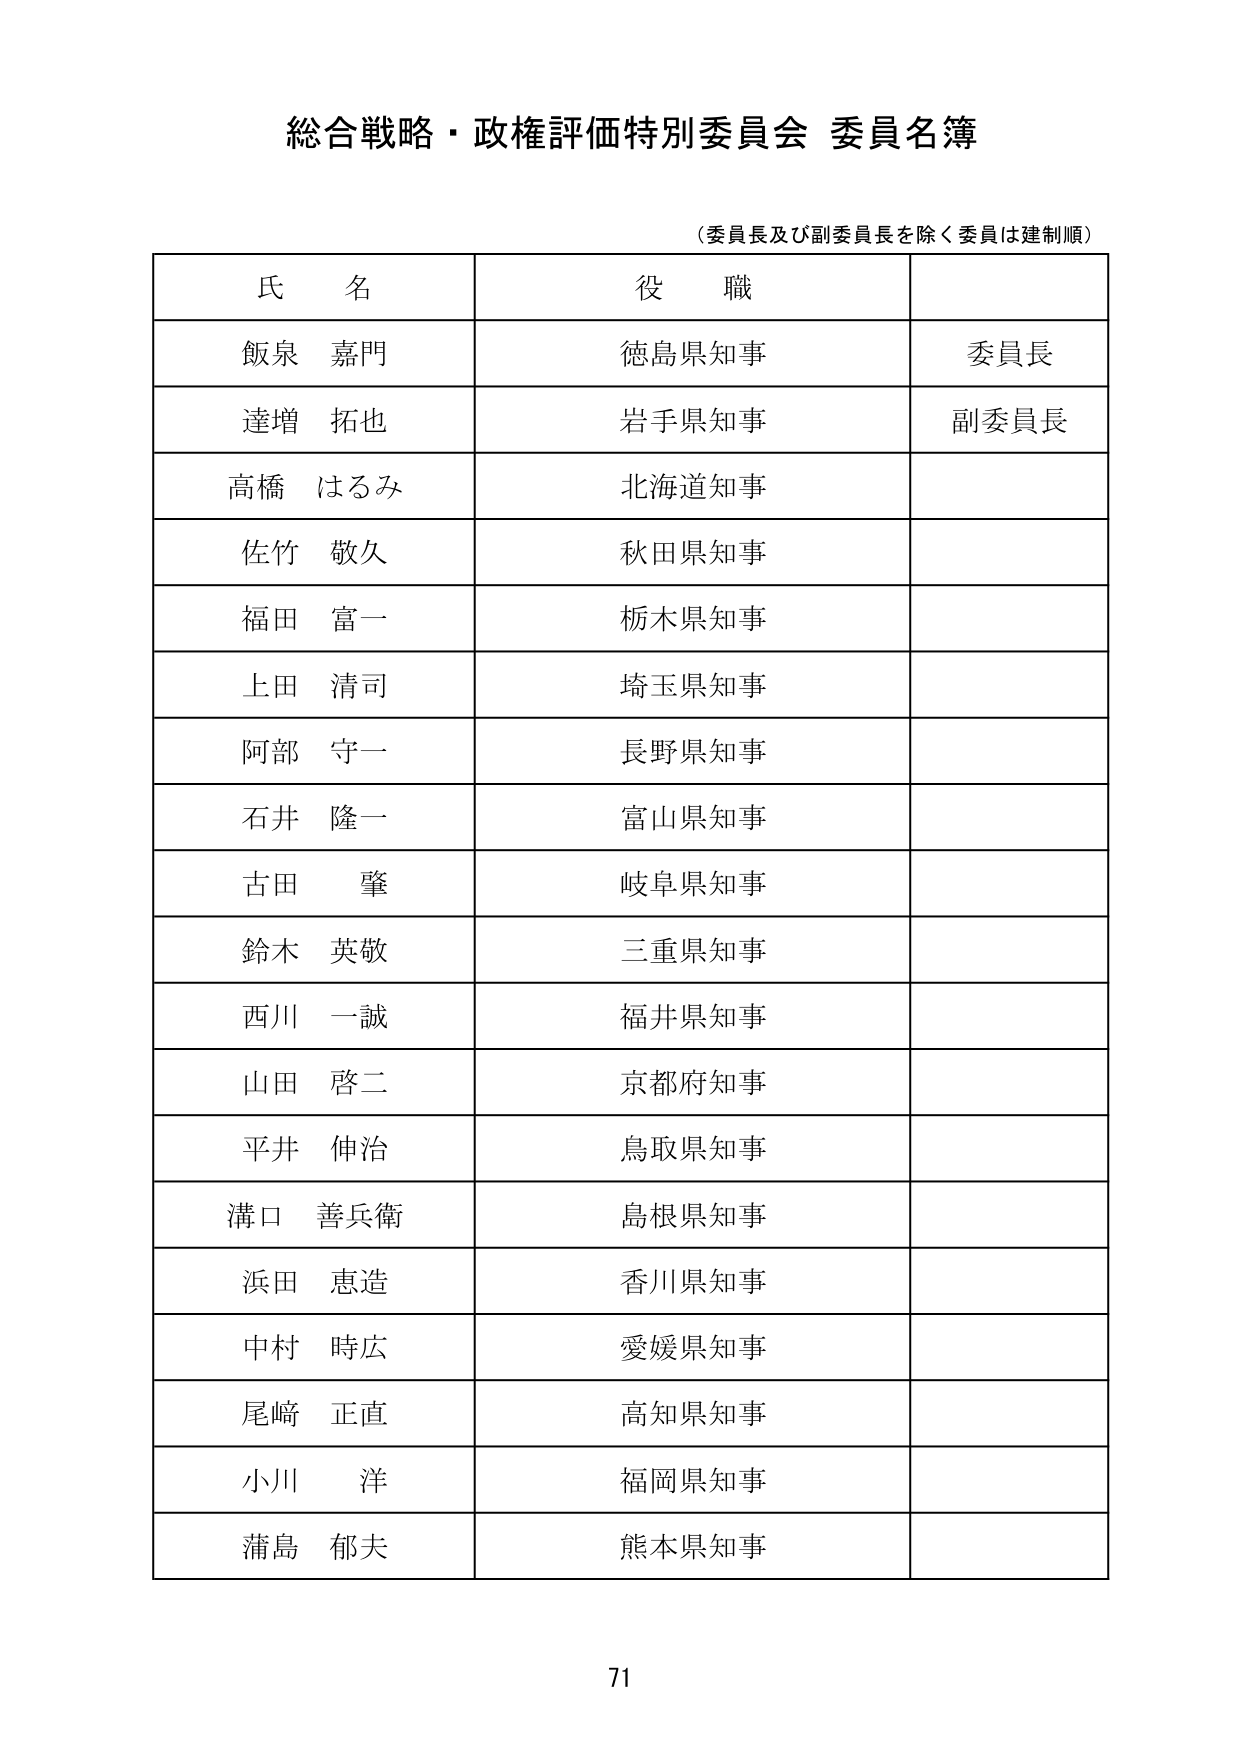
総合戦略・政権評価特別委員会 委員名簿

（委員長及び副委員長を除く委員は建制順）

氏名 役職

飯泉 嘉門 徳島県知事 委員長

達増 拓也 岩手県知事 副委員長

高橋 はるみ 北海道知事

佐竹 敬久 秋田県知事

福田 富一 栃木県知事

上田 清司 埼玉県知事

阿部 守一 長野県知事

石井 隆一 富山県知事

古田 肇 岐阜県知事

鈴木 英敬 三重県知事

西川 一誠 福井県知事

山田 啓二 京都府知事

平井 伸治 鳥取県知事

溝口 善兵衛 島根県知事

浜田 恵造 香川県知事

中村 時広 愛媛県知事

尾﨑 正直 高知県知事

小川 洋 福岡県知事

蒲島 郁夫 熊本県知事

71